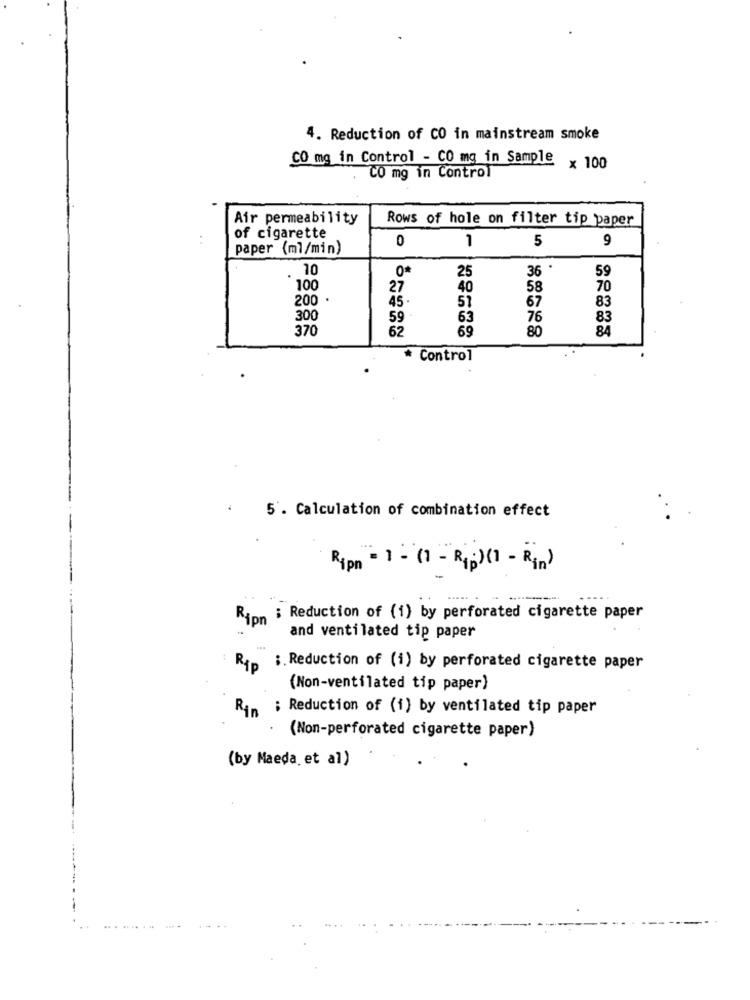
4. Reduction of CO in mainstream smoke
CO mg in Control - CO mg in Sample
x 100
CO mg in Control
Air permeability
Rows of hole on filter tip paper
of cigarette
1
5
paper (ml/min)
0
9
10
36
59
0
25
100
27
40
58
70
200
45 .
83
51
67
300
59
63
76
83
370
62
69
80
84
* Control
5'. Calculation of combination effect
Ripn = 1 - (1 - Rip)(1 - Rin)
Ripn : Reduction of (1) by perforated cigarette paper
and ventilated tip paper
Rtp ;. Reduction of (1) by perforated cigarette paper
(Non-ventilated tip paper)
Rin ; Reduction of (1) by ventilated tip paper
(Non-perforated cigarette paper)
(by Maeda, et al)